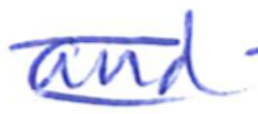
Text: and
Cross-out: double-line
Writing tool: ballpoint